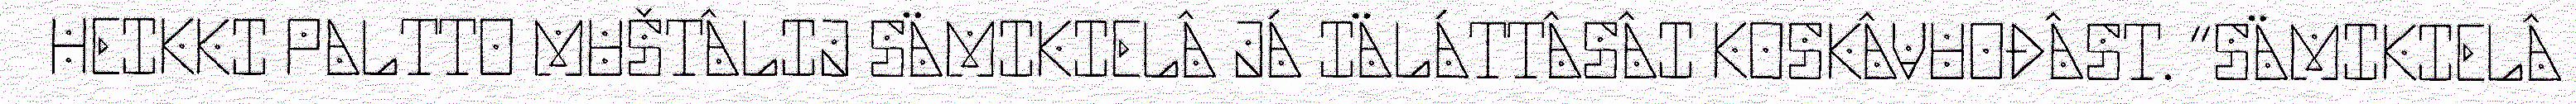
HEIKKI PALTTO MUŠTÂLIJ SÄMIKIELÂ JÁ IÄLÁTTÂSÂI KOSKÂVUOĐÂST. “SÄMIKIELÂ